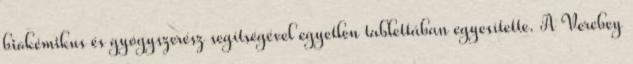
biokémikus és gyógyszerész segítségével egyetlen tablettában egyesítette. A Verebey